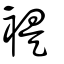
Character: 褆